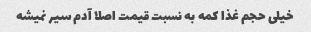
خیلی حجم غذا کمه به نسبت قیمت اصلا آدم سیر نمیشه